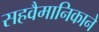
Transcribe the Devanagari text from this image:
सहवैमानिकाने